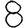
Digit: 8